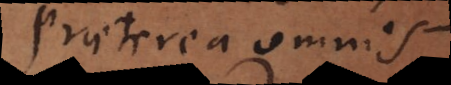
Praeterea omnis